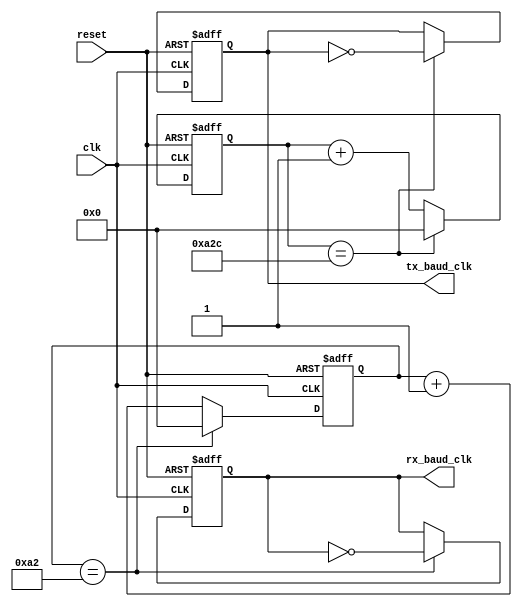
// brg.v
// baud rate generator for uart

module brg(clk, reset, tx_baud_clk, rx_baud_clk);

   input clk;
   input reset;
   output tx_baud_clk;
   output rx_baud_clk;

   parameter SYS_CLK = 26'd50000000;
   parameter BAUD = 16'd9600;

`ifdef sim_time
   parameter RX_CLK_DIV = 13'd5;
   parameter TX_CLK_DIV = 13'd5;
`else
   parameter RX_CLK_DIV = SYS_CLK / (BAUD * 16 * 2);
   parameter TX_CLK_DIV = SYS_CLK / (BAUD * 2);
`endif
   
   reg [12:0] rx_clk_div;
   reg [12:0] tx_clk_div;
   reg 		tx_baud_clk;
   reg 		rx_baud_clk;


   always @(posedge clk or posedge reset)
     if (reset)
       begin
	  rx_clk_div  <= 0;
	  rx_baud_clk <= 0; 
       end
     else 
       if (rx_clk_div == RX_CLK_DIV)
	 begin
	    rx_clk_div  <= 0;
	    rx_baud_clk <= ~rx_baud_clk;
	 end
       else
	 begin
	    rx_clk_div  <= rx_clk_div + 13'b1;
	    rx_baud_clk <= rx_baud_clk;
	 end

   always @(posedge clk or posedge reset)
     if (reset)
       begin
	  tx_clk_div  <= 0;
	  tx_baud_clk <= 0; 
       end
     else 
       if (tx_clk_div == TX_CLK_DIV)
	 begin
	    tx_clk_div  <= 0;
	    tx_baud_clk <= ~tx_baud_clk;
	 end
       else
	 begin
	    tx_clk_div  <= tx_clk_div + 13'b1;
	    tx_baud_clk <= tx_baud_clk;
	 end
   
endmodule